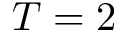
T = 2